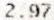
2.97